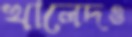
খালেদও